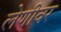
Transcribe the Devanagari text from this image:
लेणीवर